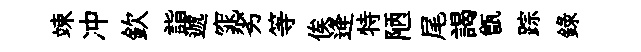
竦冲欽詣遞窕劣等俟逄特陋尾謁甑踪録